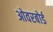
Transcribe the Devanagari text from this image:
ओवरबोर्ड